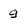
Character: 9